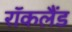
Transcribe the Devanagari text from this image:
रॉकलैंड